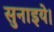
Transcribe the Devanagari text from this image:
सुनाइये।